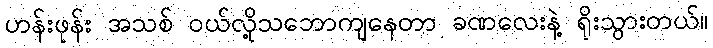
ဟန်းဖုန်း အသစ် ဝယ်လို့သဘောကျနေတာ ခဏလေးနဲ့ ရိုးသွားတယ်။